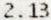
2.13